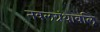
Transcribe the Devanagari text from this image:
नवलग्रंथावलि